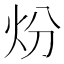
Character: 𤆶